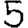
Digit: 5